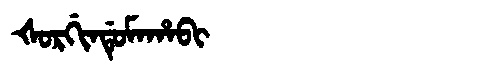
Manchu: ᡧᠣᡵᡤᡳᠨᡩᡠᠮᠠᡥᠠᠪᡳ
Romanization: ŠORGINDUMAHABI